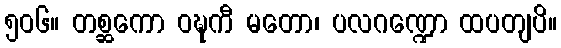
၅၀၆။ တစ္ဆကော ဝဍ္ဎကီ မတော၊ ပလဂဏ္ဍော ထပတျပိ။